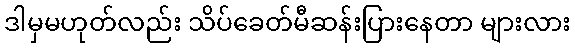
ဒါမှမဟုတ်လည်း သိပ်ခေတ်မီဆန်းပြားနေတာ များလား